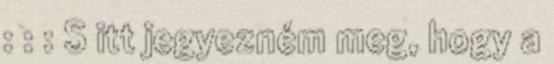
: : : S itt jegyezném meg, hogy a